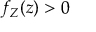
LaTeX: f _ { Z } ( z ) > 0